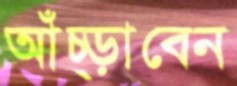
আঁচ্‌ড়াবেন